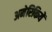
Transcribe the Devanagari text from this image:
अमेरिकियें